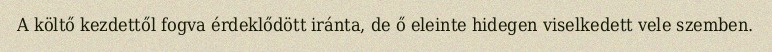
A költő kezdettől fogva érdeklődött iránta, de ő eleinte hidegen viselkedett vele szemben.